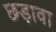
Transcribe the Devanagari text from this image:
छड़ावा